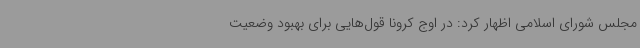
مجلس شورای اسلامی اظهار کرد: در اوج کرونا قول‌هایی برای بهبود وضعیت